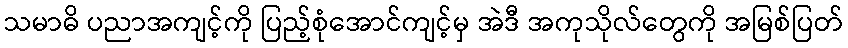
သမာဓိ ပညာအကျင့်ကို ပြည့်စုံအောင်ကျင့်မှ အဲဒီ အကုသိုလ်တွေကို အမြစ်ပြတ်